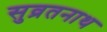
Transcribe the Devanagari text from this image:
सुव्रतनाथ